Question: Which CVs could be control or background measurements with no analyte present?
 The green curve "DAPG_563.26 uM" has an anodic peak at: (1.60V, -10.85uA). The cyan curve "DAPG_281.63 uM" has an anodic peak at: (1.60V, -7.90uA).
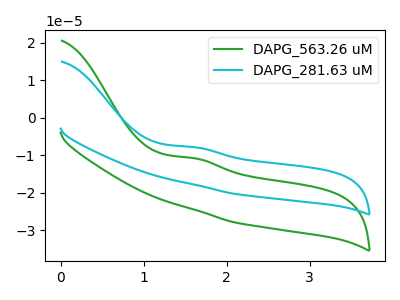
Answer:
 <answer>There are not any CV's on this graph that are likely to be blanks.</answer>
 <eval>none</eval>